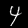
Label: 4